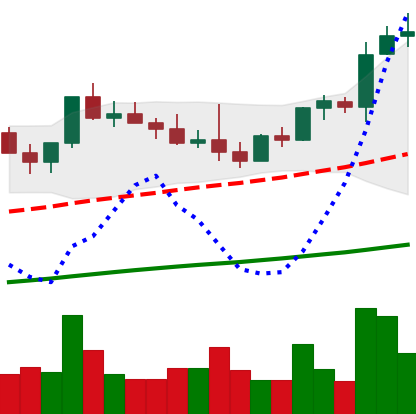
Ticker: NEO-USD
Chart end date: 2021-04-02
Forward return: 12.099%
Label: up_7plus